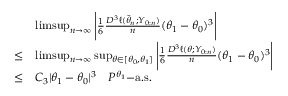
\begin{array} { r l } & { \operatorname* { l i m s u p } _ { n \rightarrow \infty } \Bigg \vert \frac { 1 } { 6 } \frac { D ^ { 3 } \ell ( \tilde { \theta } _ { n } ; Y _ { 0 : n } ) } { n } ( \theta _ { 1 } - \theta _ { 0 } ) ^ { 3 } \Bigg \vert } \\ { \leq } & { \operatorname* { l i m s u p } _ { n \rightarrow \infty } \operatorname* { s u p } _ { \theta \in [ \theta _ { 0 } , \theta _ { 1 } ] } \Bigg \vert \frac { 1 } { 6 } \frac { D ^ { 3 } \ell ( \theta ; Y _ { 0 : n } ) } { n } ( \theta _ { 1 } - \theta _ { 0 } ) ^ { 3 } \Bigg \vert } \\ { \leq } & { C _ { 3 } | \theta _ { 1 } - \theta _ { 0 } | ^ { 3 } ~ ~ ~ P ^ { \theta _ { 1 } } \mathrm { - a . s . } } \end{array}